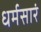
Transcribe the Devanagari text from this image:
धर्मसारं